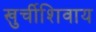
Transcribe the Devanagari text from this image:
खुर्चीशिवाय